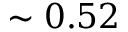
\sim 0 . 5 2